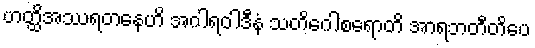
ဟတ္ထိအဿရတနေဟိ အဂါရဝါဒီနံ သတိဂေါစရောတိ အာရဘတီတိပေ